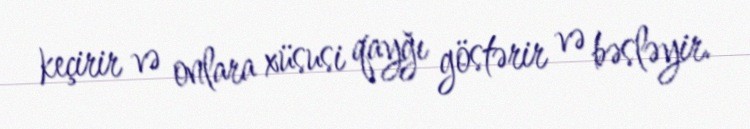
keçirir və onlara xüsusi qayğı göstərir və bəsləyir.